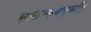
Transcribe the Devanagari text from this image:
सालोक्यमुक्ति